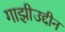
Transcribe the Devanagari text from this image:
गाझीउद्दीन